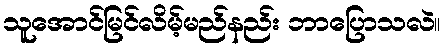
သူအောင်မြင်လိမ့်မည်နည်း ဘာပြောသလဲ။